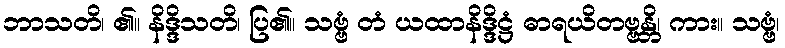
ဘာသတိ၊ ၏။ နိဒ္ဒိသတိ၊ ပြ၏။ သဗ္ဗံ တံ ယထာနိဒ္ဒိဋ္ဌံ ဓာရယိတဗ္ဗန္တိ၊ ကား။ သဗ္ဗံ၊